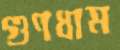
গুণধাম